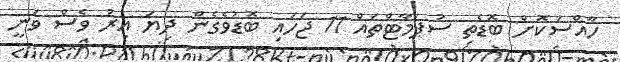
ހާއްސަކޮށް ބޮޑެތި ސުޕަމާޓްތައް 11 ޖަހައި ބޮޑުވެގެން ދިޔަ އިރު ވެސް ވަނީ